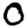
Digit: 0